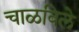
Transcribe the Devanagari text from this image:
चाळविले